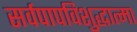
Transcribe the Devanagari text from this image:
सर्वपापविशुद्धात्मा